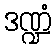
ဒဏ္ဍံ